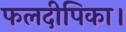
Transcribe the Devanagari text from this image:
फलदीपिका।